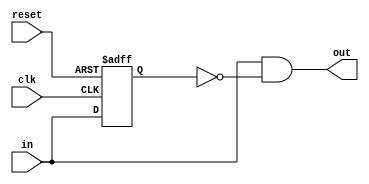
module blipgen(input in, input clk, input reset, output out);
    
    // declare register
    reg in_reg;
    
    // detect input
    always @(posedge clk, posedge reset)
        if (reset)
            in_reg <= 0;
        else
            in_reg <= in;
    
    // determine blip length
    assign out = in & ~in_reg;
    
endmodule